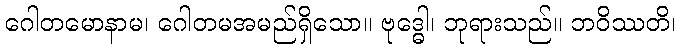
ဂေါတမောနာမ၊ ဂေါတမအမည်ရှိသော။ ဗုဒ္ဓေါ၊ ဘုရားသည်။ ဘဝိဿတိ၊